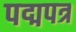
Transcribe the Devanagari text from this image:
पद्मपत्र